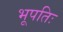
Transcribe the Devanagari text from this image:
भूपतिः